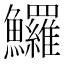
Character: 𩽰